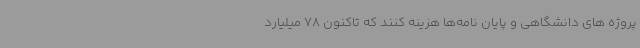
پروژه های دانشگاهی و پایان نامه‌ها هزینه کنند که تاکنون 78 میلیارد